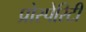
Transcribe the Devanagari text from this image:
प्रोस्पेरिटी